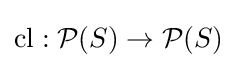
\operatorname {cl} :{\mathcal {P}}(S)\rightarrow {\mathcal {P}}(S)